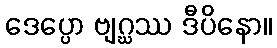
ဒေပ္ပော ဗျဂ္ဃဿ ဒီပိနော။